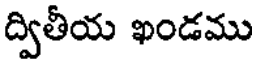
ద్వితీయ ఖండము